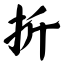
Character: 折